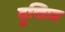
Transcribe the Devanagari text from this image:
दुखिःत